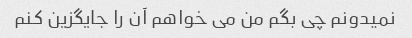
نمیدونم چی بگم من می خواهم آن را جایگزین کنم